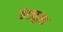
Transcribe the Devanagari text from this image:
इंड्यूस्ड